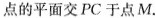
点的平面交PC于点M。